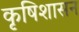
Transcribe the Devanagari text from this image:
कृषिशासन